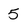
Character: 5